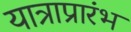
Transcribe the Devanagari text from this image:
यात्राप्रारंभ